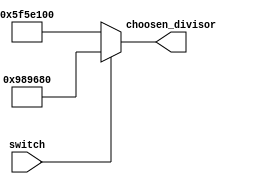
`timescale 1ns / 1ps
//////////////////////////////////////////////////////////////////////////////////
// Company: 
// Engineer: 
// 
// Design Name: 
// Module Name: clock_selector
// Project Name: 
// Target Devices: 
// Tool Versions: 
// Description: 
// 
// Dependencies: 
// 
// Revision:
// Revision 0.01 - File Created
// Additional Comments:
// 
//////////////////////////////////////////////////////////////////////////////////


module clock_selector(switch, choosen_divisor);
    input switch;
    output reg [26:0]choosen_divisor;
    
    always @(switch) begin
        // If switch = 1, then 0,1 seconds clock
        // else 1 second clock
        choosen_divisor <= (switch) ? 10000000 : 100000000;
        //choosen_divisor <= (switch) ? 12 : 12;            // used for the test bench
    end
endmodule